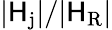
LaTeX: |\mathsf{H}_{\mathrm{{j}}}|/|\mathsf{H}_{\mathrm{{R}}}|